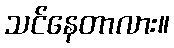
သင်နေတာလား။